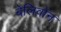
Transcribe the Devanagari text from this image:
बेलिवॉन